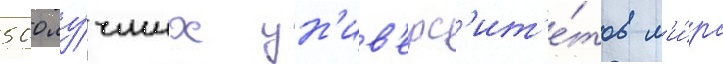
500 лу́чших ун'ив'ерс'ит'е́тов м'и́ра